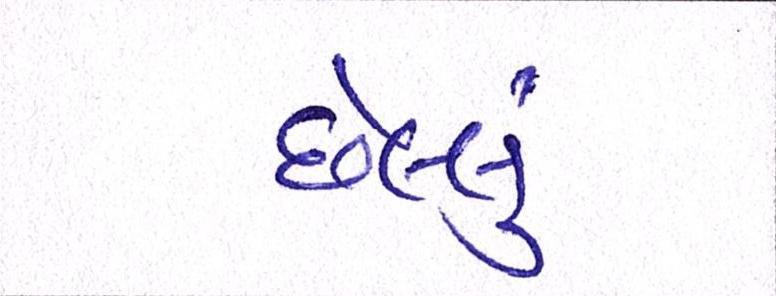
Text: છેલ્લું